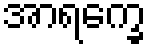
အာရက္ခေ